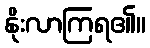
နိုးလာကြရ၏။